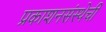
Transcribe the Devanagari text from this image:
प्रकाशनसंस्थेची